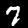
Label: 7